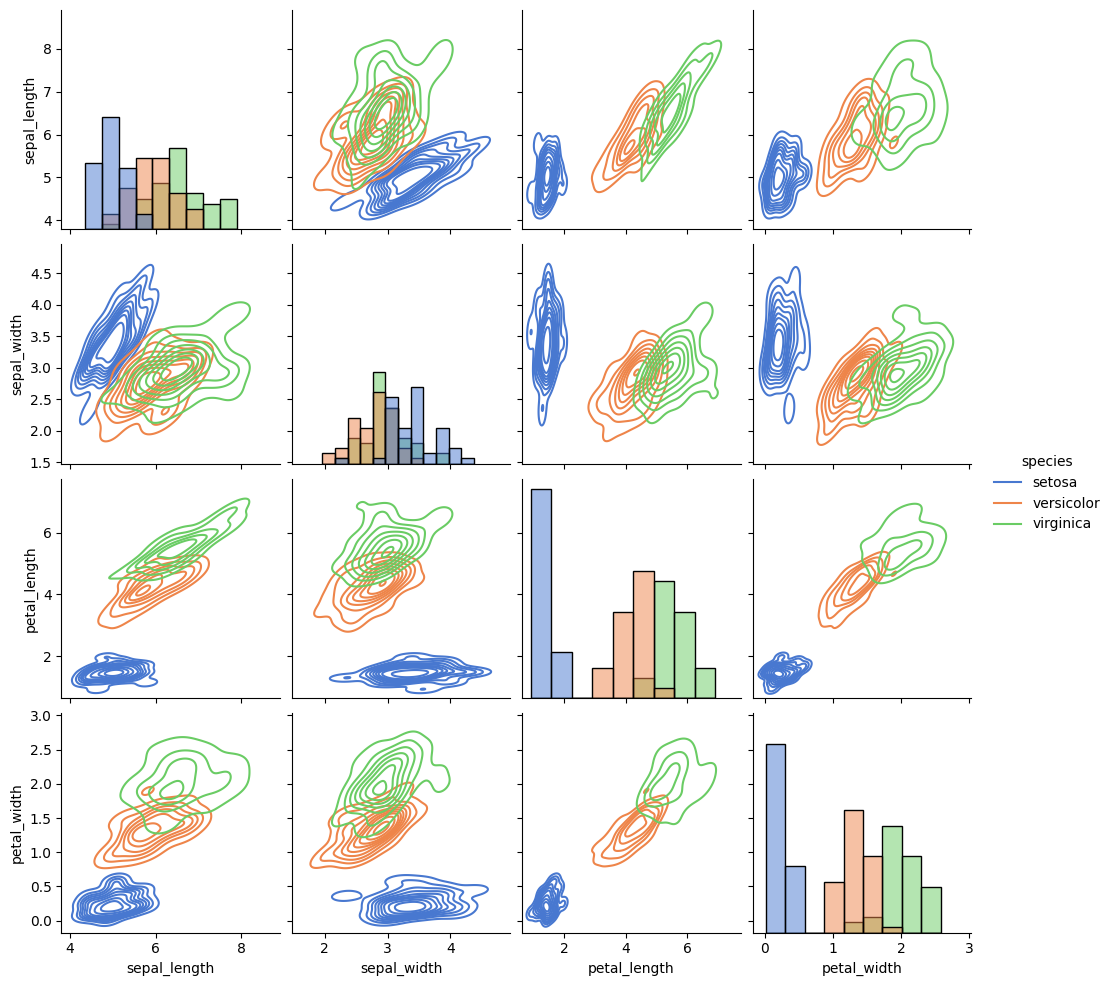
python, seaborn, pairplot, palette='muted', markers=['o'], kind='kde', diag_kind='hist'